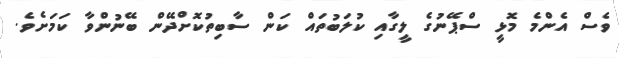
ވެސް އެންމެ މޮޅީ ސްޕޭނުގެ ލީގާއި ކުލަބުތައް ކަން ސާބިތުކޮށްދޭން ބޭނުންވާ ކަމަށެވެ.